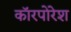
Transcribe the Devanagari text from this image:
कॉरपोरेश